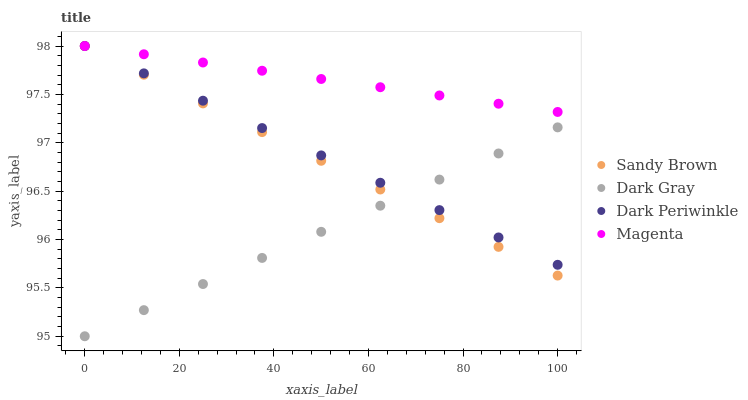
| xaxis_label | Sandy Brown | Dark Gray | Dark Periwinkle | Magenta |
 | --- | --- | --- | --- | --- |
 | 0 | 98 | 95 | 98 | 98 |
 | 12.5 | 97.7 | 95.3 | 97.7 | 97.9 |
 | 25 | 97.4 | 95.5 | 97.4 | 97.8 |
 | 37.5 | 97.1 | 95.8 | 97.2 | 97.7 |
 | 50 | 96.8 | 96.1 | 96.9 | 97.7 |
 | 62.5 | 96.5 | 96.3 | 96.6 | 97.6 |
 | 75 | 96.2 | 96.6 | 96.3 | 97.5 |
 | 87.5 | 95.9 | 96.9 | 96 | 97.4 |
 | 100 | 95.6 | 97.2 | 95.7 | 97.3 |